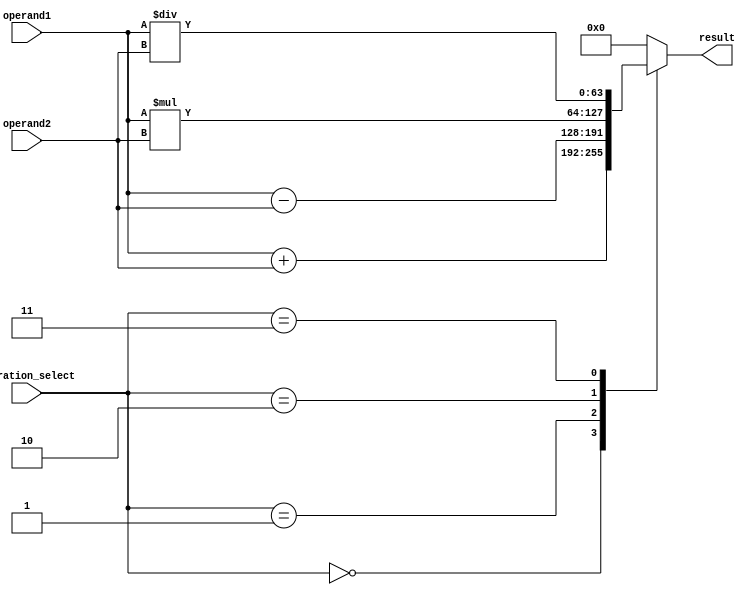
module double_precision_float_unit(
    input wire [63:0] operand1,
    input wire [63:0] operand2,
    input wire [3:0] operation_select,
    output wire [63:0] result
);

reg [63:0] intermediate_value1;
reg [63:0] intermediate_value2;
reg [63:0] intermediate_result;

always @(*) begin
    case(operation_select)
        4'b0000: intermediate_result = operand1 + operand2; // addition
        4'b0001: intermediate_result = operand1 - operand2; // subtraction
        4'b0010: intermediate_result = operand1 * operand2; // multiplication
        4'b0011: intermediate_result = operand1 / operand2; // division
        default: intermediate_result = 64'b0; // default case
    endcase
end

// additional modules for rounding, normalization, and exponentiation can be included here

assign result = intermediate_result;

endmodule